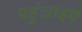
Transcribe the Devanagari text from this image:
पहुंचाइए